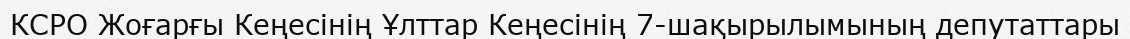
КСРО Жоғарғы Кеңесінің Ұлттар Кеңесінің 7-шақырылымының депутаттары